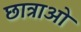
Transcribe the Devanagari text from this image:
छात्राओ